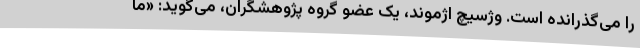
را می‌گذرانده است. وژسیچ اژموند، یک عضو گروه پژوهشگران، می‌گوید: «ما